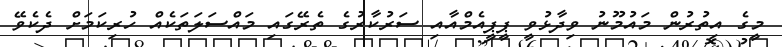
މީގެ އިތުރުން މައުމޫނު ވިދާޅުވީ ޕީޕީއެމްއާއި ސަރުކާރުގެ ތެރޭގައި މައްސަލަތަކެއް ހުރިކަމަށް ދެކެވޭ